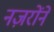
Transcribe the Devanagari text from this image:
नज़रोंने